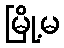
မြို့မ